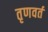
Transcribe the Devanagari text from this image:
तृणवर्त